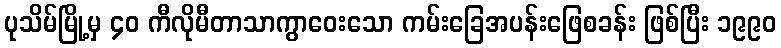
ပုသိမ်မြို့မှ ၄၀ ကီလိုမီတာသာကွာဝေးသော ကမ်းခြေအပန်းဖြေစခန်း ဖြစ်ပြီး ၁၉၉၀